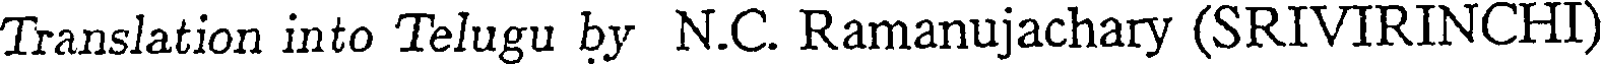
Translation into Telugu by N.C. Ramanujachary (SRIVIRINCHI)